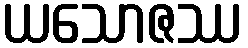
ယသောဇဿ